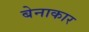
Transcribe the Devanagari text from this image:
बेनाकार